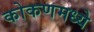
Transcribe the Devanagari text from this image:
कोकणमध्ये